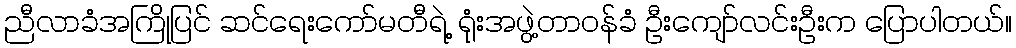
ညီလာခံအကြိုပြင် ဆင်ရေးကော်မတီရဲ့ ရုံးအဖွဲ့တာဝန်ခံ ဦးကျော်လင်းဦးက ပြောပါတယ်။